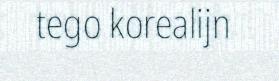
tego korealijn